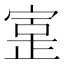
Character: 𫳥